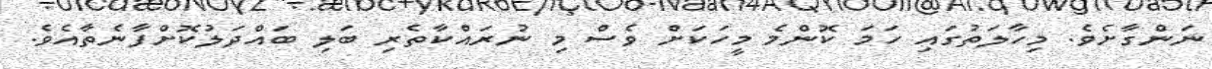
ނަންގާށެވެ. މިހާލަތުގައި ހަމަ ކޮންމެ މީހަކަށް ވެސް މި ނުރައްކާތެރި ބަލި ބައްދަލުކޮށްފާނެތާއެވެ.